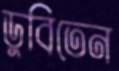
ডুবিতেন